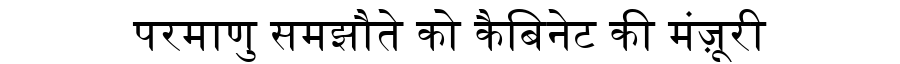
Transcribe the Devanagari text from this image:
परमाणु समझौते को कैबिनेट की मंज़ूरी